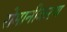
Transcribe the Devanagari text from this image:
रोमानीकरण